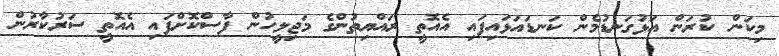
މިކަން ކުރަން އަޅުގަނޑުމެން ކަނޑައަޅައިފައި އެއޮތީ ރައްޔިތުންގެ މަޖިލީހުން ފާސްކޮށްފައި އެއޮތީ ސަރުކާރުން